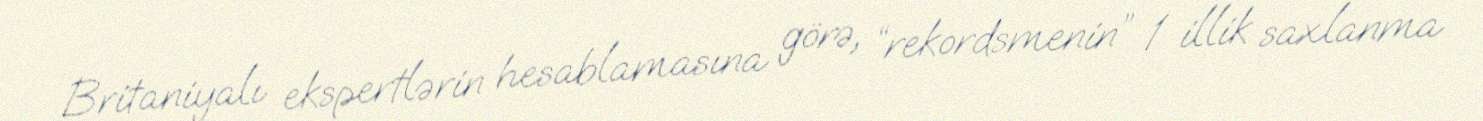
Britaniyalı ekspertlərin hesablamasına görə, “rekordsmenin” 1 illik saxlanma